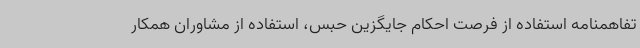
تفاهمنامه استفاده از فرصت احکام جایگزین حبس، استفاده از مشاوران همکار